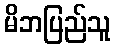
မိဘပြည်သူ